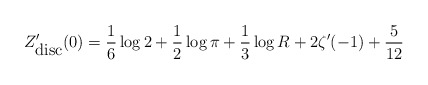
\begin{align*}Z_{\hbox{disc}}'(0) = {1\over 6}\log 2 + {1\over 2}\log\pi +{1\over 3}\log R + 2\zeta'(-1) + {5\over{12}}\end{align*}